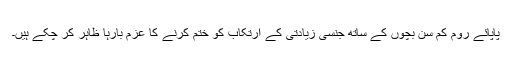
پاپائے روم کم سن بچوں کے ساتھ جنسی زیادتی کے ارتکاب کو ختم کرنے کا عزم بارہا ظاہر کر چکے ہیں۔